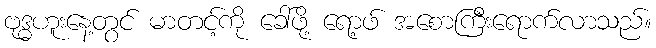
ဗုဒ္ဓဟူးနေ့တွင် မာတင့်ကို ခေါ်ဖို့ ရော့ဖ် အစောကြီးရောက်လာသည်။